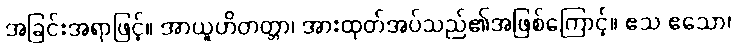
အခြင်းအရာဖြင့်။ အာယူဟိတတ္တာ၊ အားထုတ်အပ်သည်၏အဖြစ်ကြောင့်။ ဧသ ဧသော၊